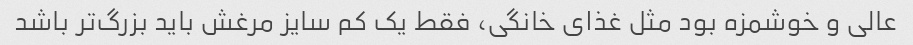
عالی و خوشمزه بود مثل غذای خانگی، فقط یک کم سایز مرغش باید بزرگ‌تر باشد